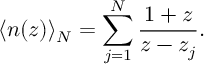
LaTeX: \langle n ( z ) \rangle _ { N } = \sum _ { j = 1 } ^ { N } \frac { 1 + z } { z - z _ { j } } .